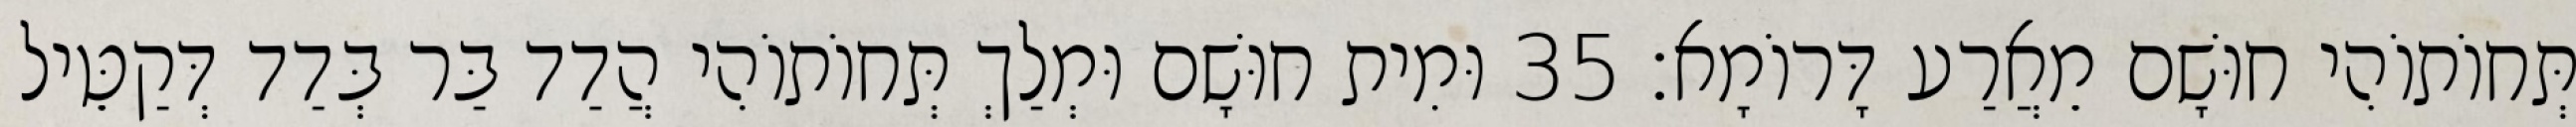
תְּחוֹתוֹהִי חוּשָׁם מֵאֲרַע דָּרוֹמָא׃ 35 וּמִית חוּשָׁם וּמְלַךְ תְּחוֹתוֹהִי הֲדַד בַּר בְּדַד דְּקַטֵּיל